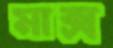
মাক্স